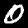
Digit: 0